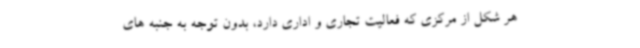
هر شکل از مرکزی که فعالیت تجاری و اداری دارد، بدون توجه به جنبه های